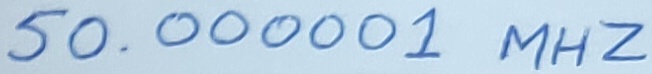
Text: 50.00001 MHZ